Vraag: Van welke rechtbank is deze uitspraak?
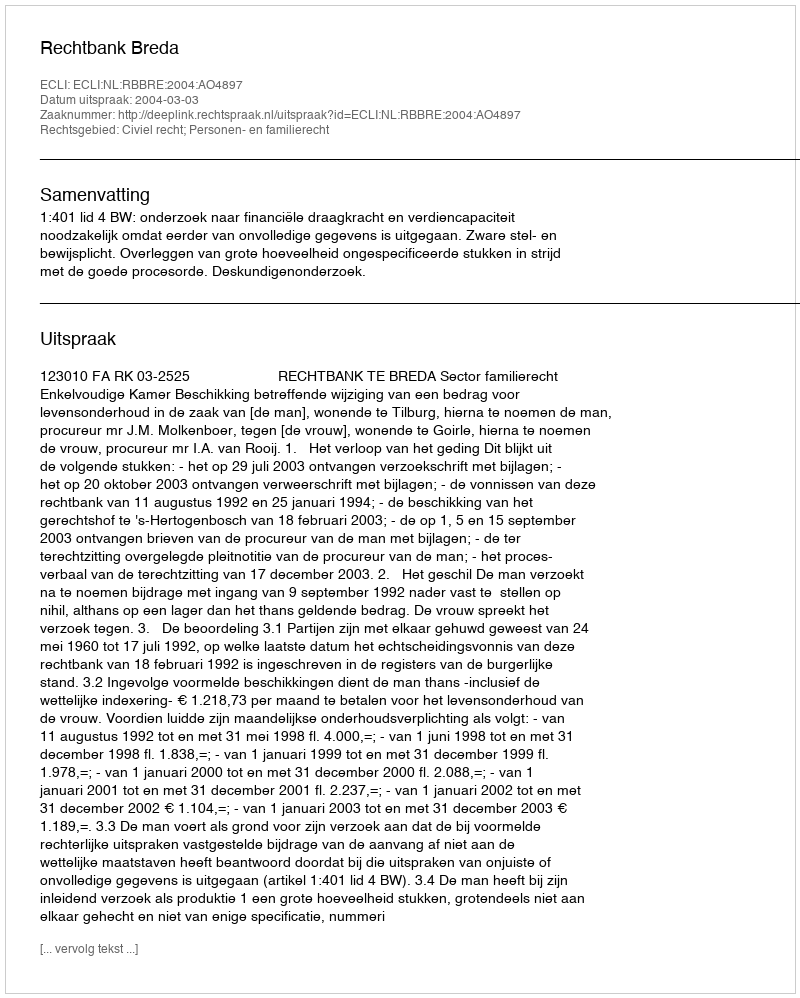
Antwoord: Rechtbank Breda